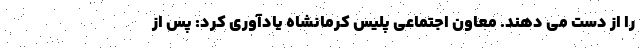
را از دست می دهند. معاون اجتماعی پلیس کرمانشاه یادآوری کرد: پس از